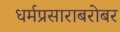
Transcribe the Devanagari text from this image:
धर्मप्रसाराबरोबर